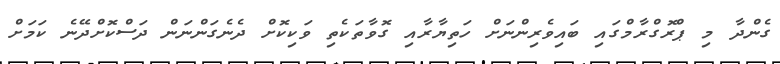
ގެންދާ މި ޕްރޮގްރާމްގައި ބައިވެރިންނަށް ހަތިޔާރާއި ގޮވާތަކެތި ވަކިކޮށް ދެނެގަންނަން ދަސްކޮށްދޭނެ ކަމަށް